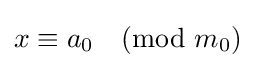
x\equiv a_{0}{\pmod {m_{0}}}